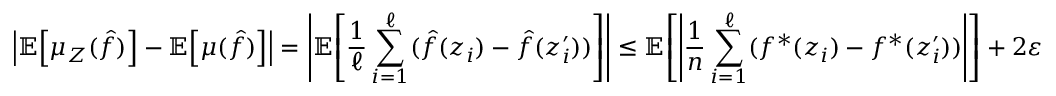
\left\lvert \mathbb { E } \! \left[ \mu _ { Z } ( \hat { f } ) \right] - \mathbb { E } \! \left[ \mu ( \hat { f } ) \right] \right\rvert = \left\lvert \mathbb { E } \! \left[ \frac 1 \ell \sum _ { i = 1 } ^ { \ell } ( \hat { f } ( z _ { i } ) - \hat { f } ( z _ { i } ^ { \prime } ) ) \right] \right\rvert \le \mathbb { E } \! \left[ \left\lvert \frac 1 n \sum _ { i = 1 } ^ { \ell } ( f ^ { * } ( z _ { i } ) - f ^ { * } ( z _ { i } ^ { \prime } ) ) \right\rvert \right] + 2 \varepsilon